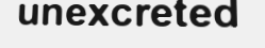
unexcreted